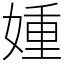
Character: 媑